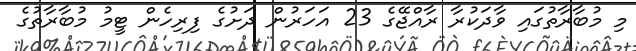
މި މުބާރާތުގައި ވާދަކުރާ ރާއްޖޭގެ 23 އަހަރުން ދަށުގެ ފިރިހެން ޓީމު މުބާރާތުގެ